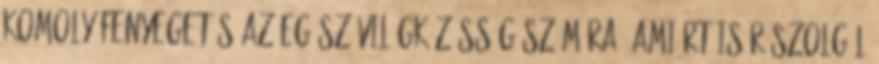
komoly fenyegetés az egész világközösség számára, amiért is rászolgál